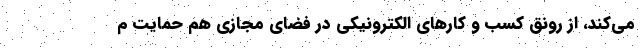
می‌کند، از رونق کسب و کار‌های الکترونیکی در فضای مجازی هم حمایت م